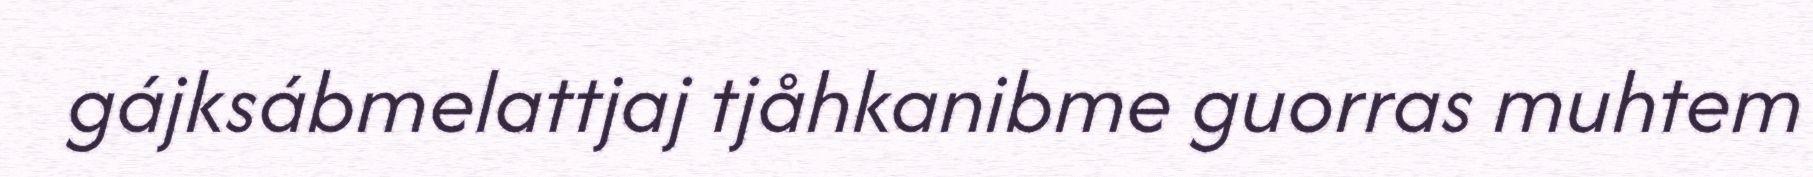
gájksábmelattjaj tjåhkanibme guorras muhtem